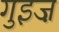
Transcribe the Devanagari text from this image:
गुइज़